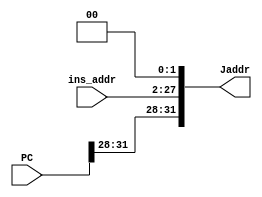
`timescale 1ns / 1ps
//////////////////////////////////////////////////////////////////////////////////
// Company: 
// Engineer: 
// 
// Design Name: 
// Module Name: count_J_addr
// Project Name: 
// Target Devices: 
// Tool Versions: 
// Description: 
// 
// Dependencies: 
// 
// Revision:
// Revision 0.01 - File Created
// Additional Comments:
// 
//////////////////////////////////////////////////////////////////////////////////


module count_J_addr(
    input [25:0] ins_addr,
    input [31:0] PC,
    output reg [31:0] Jaddr
    );
    wire [27:0] sl2_addr;
    
    assign sl2_addr = ins_addr << 2;
    always @ (PC or sl2_addr)
    begin
        Jaddr = {PC[31:28],sl2_addr[27:0]};
    end
endmodule